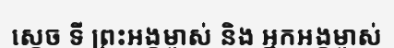
ស្តេច ទី ព្រះអង្គម្ចាស់ និង អ្នកអង្គម្ចាស់